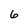
Character: 6